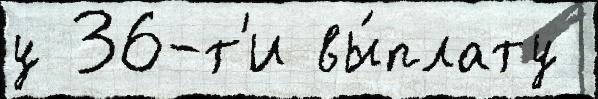
у 36-т'и вы́плату